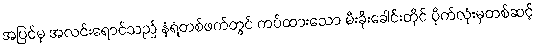
အပြင်မှ အလင်းရောင်သည် နံရံတစ်ဖက်တွင် ကပ်ထားသော မီးခိုးခေါင်းတိုင် ပိုက်လုံးမှတစ်ဆင့်